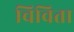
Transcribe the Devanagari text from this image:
चिविता